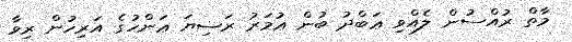
މާތް ރުއްސުން ލެއްވި ޢަބްދު ބުން ޢުމަރު ރަޟިޔަ ޢަންހުގެ އަރިހުން ރިވާ